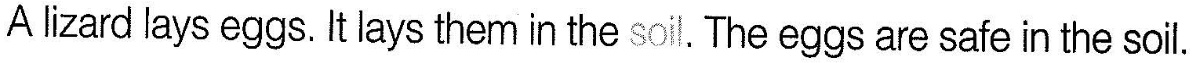
A lizard lays eggs. It lays them in the soi. The eggs are safe in the soil.